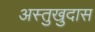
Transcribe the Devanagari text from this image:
अस्तुखुदास